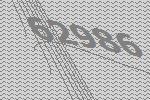
62986